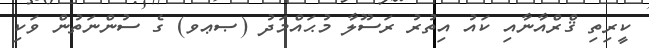
ކީރިތި ޤްރްއާނާއި ކައު އިތުރު ރަސޫލާ މުޙައްމަދު (ޞޢވ) ގެ ސުންނަތުން ވަކި